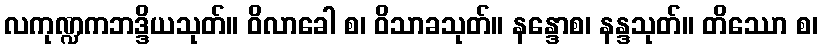
လကုဏ္ဍကဘဒ္ဒိယသုတ်။ ဝိလာခေါ စ၊ ဝိသာခသုတ်။ နန္ဒောစ၊ နန္ဒသုတ်။ တိဿော စ၊